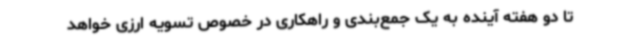
تا دو هفته آینده به یک جمع‌بندی و راهکاری در خصوص تسویه ارزی خواهد